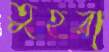
তুহরা